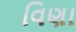
વિણા